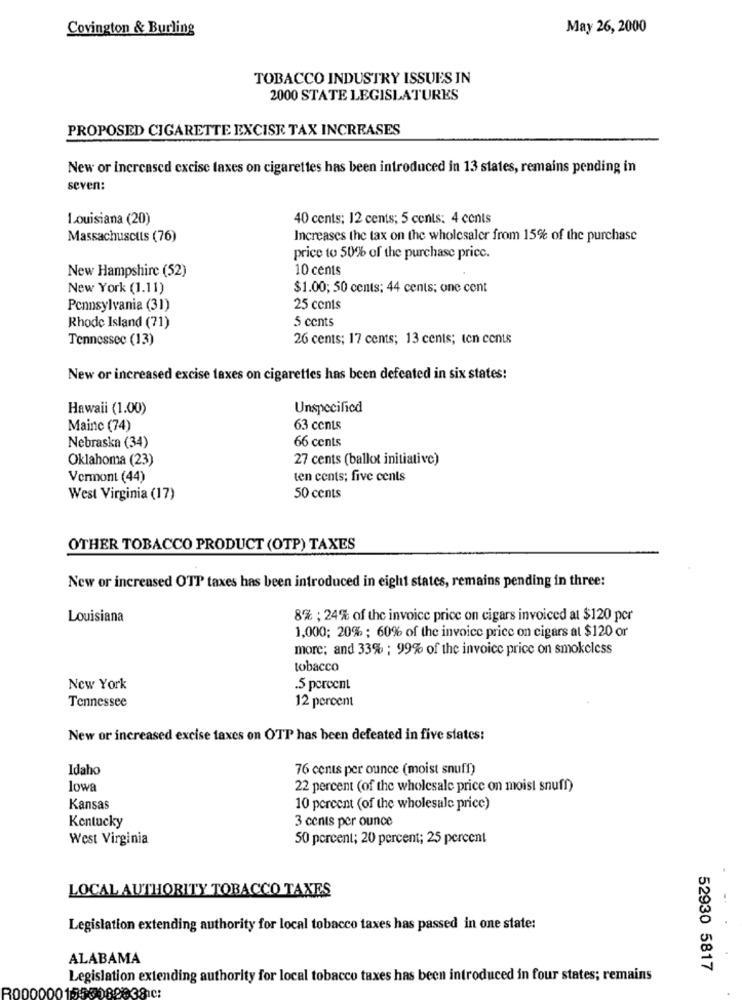
Covington & Burling
May 26, 2000
TOBACCO INDUSTRY ISSUES IN
2000 STATE LEGISLATURES
PROPOSED CIGARETTE EXCISE TAX INCREASES
New or increased excise taxes on cigarettes has been introduced in 13 states, remains pending in
seven:
Louisiana (20)
40 cents; 12 cents; 5 cents: 4 cents
Massachusetts (76)
Increases the tax on the wholesaler from 15% of the purchase
price to 50% of the purchase price.
New Hampshire (52)
10 cents
New York (1.11)
$1.00; 50 cents; 44 cents; one cent
Pennsylvania (31)
25 cents
5 cents
Rhode Island (71)
Tennessee (13)
26 cents; 17 cents; 13 cents; ten cents
New or increased excise taxes on cigarettes has been defeated in six states:
Hawaii (1.00)
Unspecified
Mainc (74)
63 cents
66 cents
Nebraska (34)
Oklahoma (23)
27 cents (ballot initiative)
Vermont (44)
ten cents; five cents
West Virginia (17)
50 cents
OTHER TOBACCO PRODUCT (OTP) TAXES
New or increased OTT taxes has been introduced in eight states, remains pending in three:
Louisiana
8% ; 24% of the invoice price on cigars invoiced at $120 per
1,000; 20% ; 60% of the invoice price on cigars at $120 or
more; and 33% ; 99% of the invoice price on smokeless
tobacco
New York
.5 percent
Tennessee
12 percent
New or increased excise taxes on OTP has been defeated in five states:
Idaho
76 cents per ounce (moist snuff)
lowa
22 percent (of the wholesale price on moist snuff)
Kansas
10 percent (of the wholesale price)
3 cents per ounce
Kentucky
West Virginia
50 percent; 20 percent; 25 percent
LOCAL AUTHORITY TOBACCO TAXES
Legislation extending authority for local tobacco taxes has passed in one state:
ALABAMA
52930 5817
Legislation extending authority for local tobacco taxes has been introduced in four states; remains